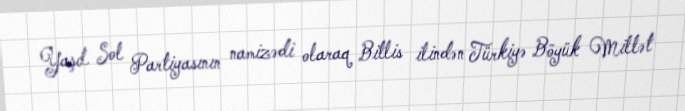
Yaşıl Sol Partiyasının namizədi olaraq Bitlis ilindən Türkiyə Böyük Millət